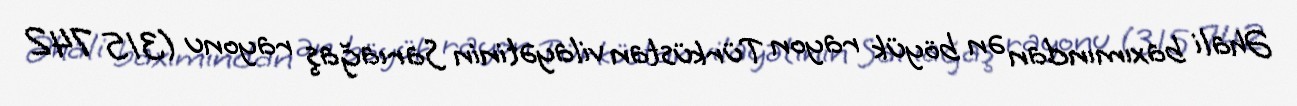
Əhali baxımından ən böyük rayon Türküstan vilayətinin Sarıağaş rayonu (315 742